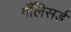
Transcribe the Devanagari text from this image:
गॅलिसर्ड